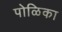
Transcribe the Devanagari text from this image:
पोळिका